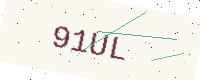
Text: 91UL